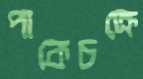
পাকেচক্রে